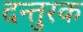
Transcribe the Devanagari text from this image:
दन्तुरक